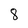
Character: 8